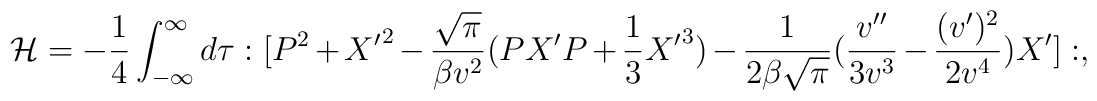
{\cal H}=-\frac{1}{4}\int_{-\infty}^\infty d\tau:[P^2+{X'}^2    -\frac{\sqrt{\pi}}{\beta v^2}(PX'P+\frac{1}{3}{X'}^3)    -\frac{1}{2\beta\sqrt{\pi}}(\frac{v''}{3v^3}-\frac{(v')^2}{2v^4})X']:,